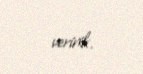
veririk.